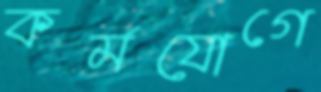
কর্মযোগে